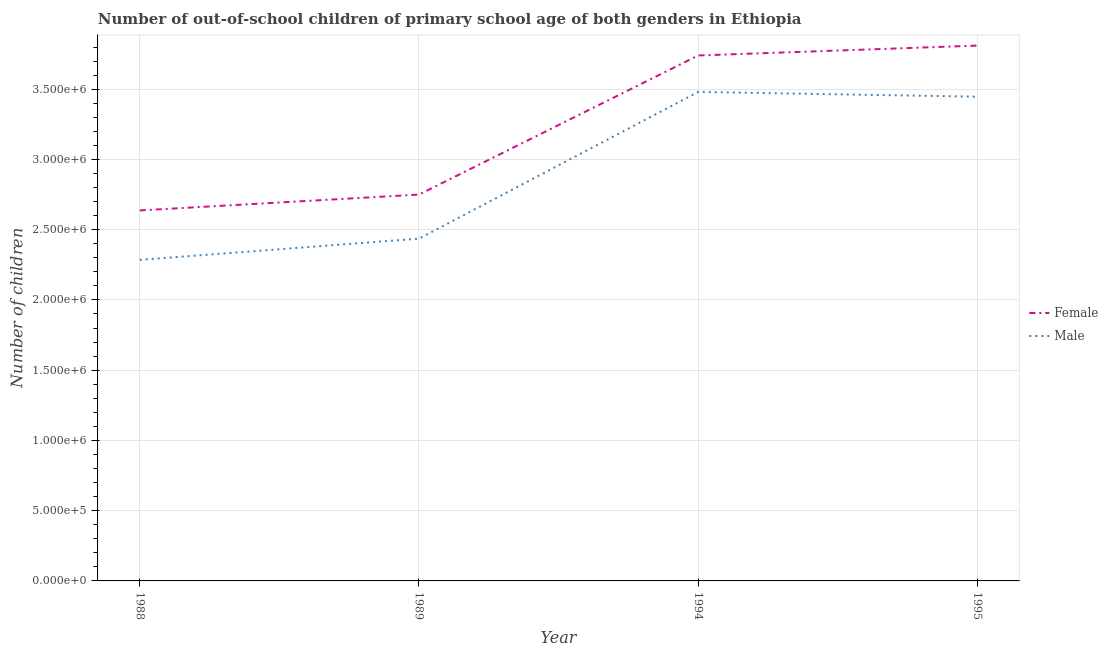
| Year | Female | Male |
 | --- | --- | --- |
 | 1988 | 2.64e+06 | 2.29e+06 |
 | 1989 | 2.75e+06 | 2.44e+06 |
 | 1994 | 3.74e+06 | 3.48e+06 |
 | 1995 | 3.81e+06 | 3.45e+06 |